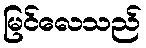
မြင်လေသည်